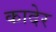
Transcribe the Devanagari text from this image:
कादेर